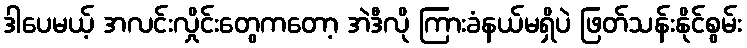
ဒါပေမယ့် အလင်းလှိုင်းတွေကတော့ အဲဒီလို ကြားခံနယ်မရှိပဲ ဖြတ်သန်းနိုင်စွမ်း